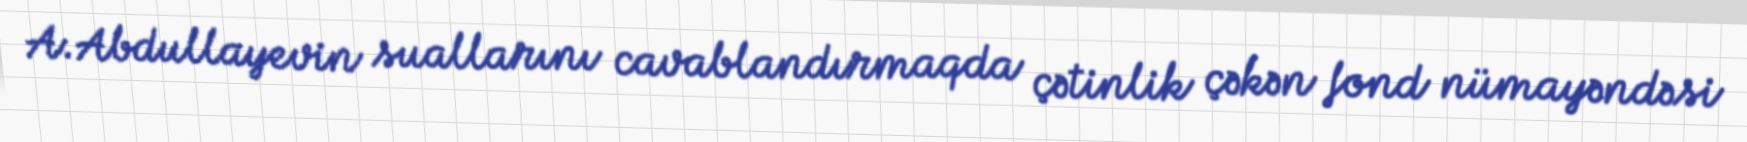
A.Abdullayevin suallarını cavablandırmaqda çətinlik çəkən fond nümayəndəsi